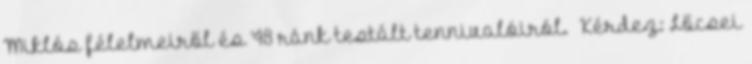
Miklós félelmeiről és ’48 ránk testált tennivalóiról. Kérdez: Lőcsei